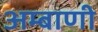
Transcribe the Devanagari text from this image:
अम्बाणी